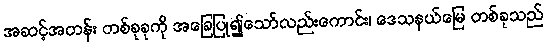
အဆင့်အတန်း တစ်ခုခုကို အခြေပြု၍သော်လည်းကောင်း၊ ဒေသနယ်မြေ တစ်ခုသည်